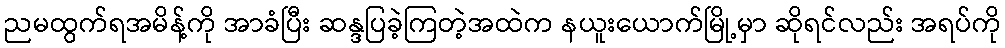
ညမထွက်ရအမိန့်ကို အာခံပြီး ဆန္ဒပြခဲ့ကြတဲ့အထဲက နယူးယောက်မြို့မှာ ဆိုရင်လည်း အရပ်ကို